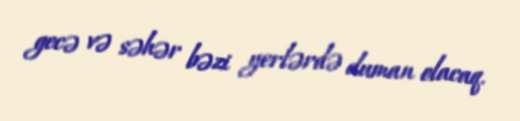
gecə və səhər bəzi yerlərdə duman olacaq.